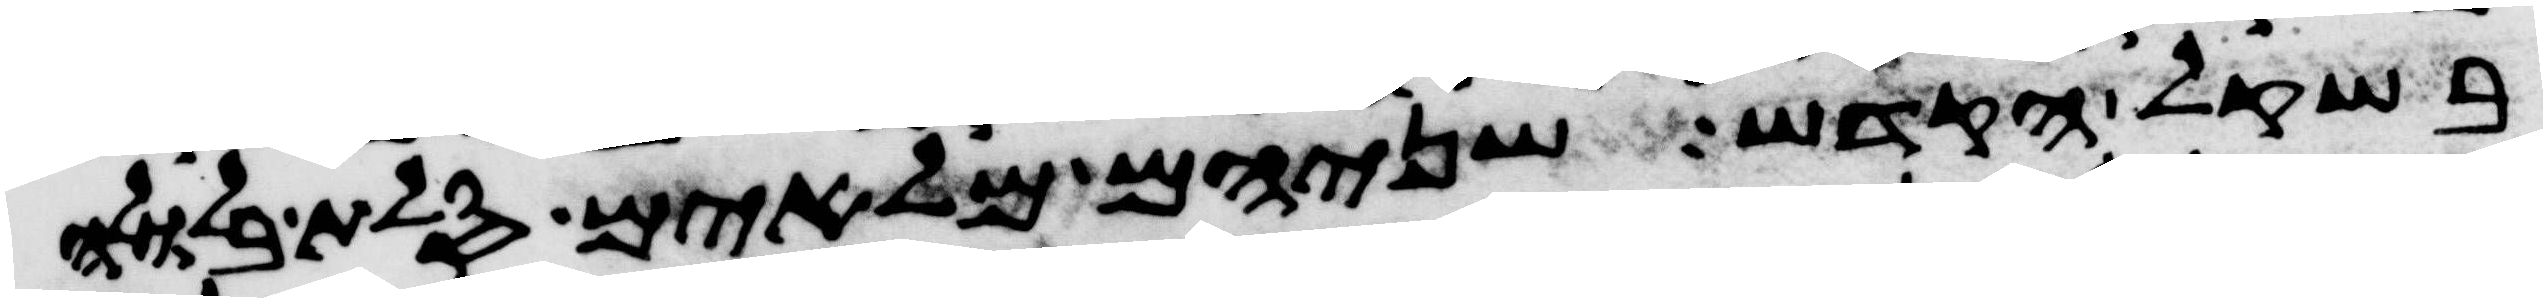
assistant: בשקל הקדש שניהם מלאים סלת בלולה